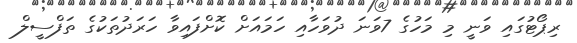
ރިޕޯޓުގައި ވަނީ މި މަހުގެ 7ވަނަ ދުވަހާއި ހަމައަށް ކޮށްފައިވާ ހަރަދުތަކުގެ ތަފްސީލް